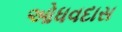
ઓધવદાસ